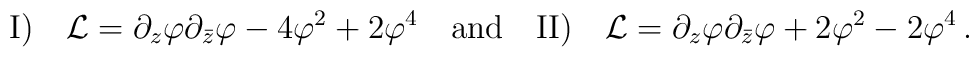
\mbox{I)}\quad {\cal L}=\partial_z\varphi\partial_{\bar{z}}\varphi-4\varphi^2+2\varphi^4\quad\mbox{and} \quad\mbox{II)}\quad {\cal L}=\partial_z\varphi\partial_{\bar{z}}\varphi+2\varphi^2-2\varphi^4\,.